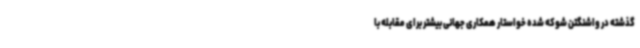
گذشته در واشنگتن شوکه شده خواستار همکاری جهانی بیشتر برای مقابله با